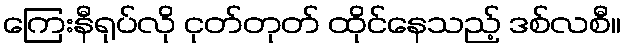
ကြေးနီရုပ်လို ငုတ်တုတ် ထိုင်နေသည့် ဒစ်လစီ။